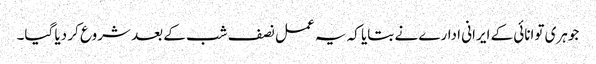
جوہری توانائی کے ایرانی ادارے نے بتایا کہ یہ عمل نصف شب کے بعد شروع کر دیا گیا۔